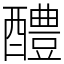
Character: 醴